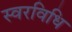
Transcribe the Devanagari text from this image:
स्वरविधि